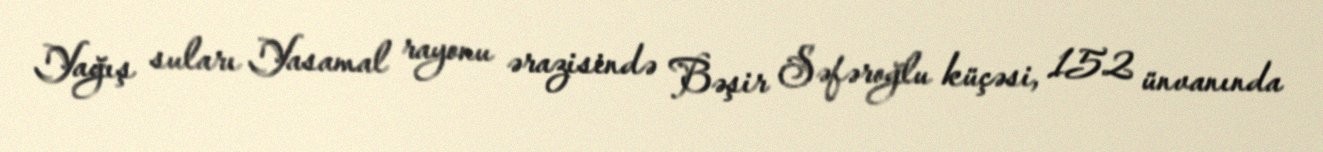
Yağış suları Yasamal rayonu ərazisində Bəşir Səfəroğlu küçəsi, 152 ünvanında